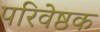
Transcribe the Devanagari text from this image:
परिवेष्ठक